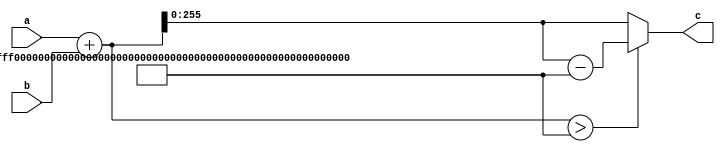
`timescale 1ns / 1ps
//////////////////////////////////////////////////////////////////////////////////
// Company: 
// 
// Design Name: 
// Module Name:    modadd quick
// Project Name: 
// Target Devices: 
// Tool versions: 
// Description: 
//
// Dependencies: 
//
// Revision: 
// Revision 0.01 - File Created
// Additional Comments: 
//     abp()
//////////////////////////////////////////////////////////////////////////////////
module mod_add_p_comb_quick (
    a,
    b,
    c
);
    input wire[255:0] a;
    input wire[255:0] b;
    output wire[255:0] c;
    parameter p257 = 257'h0FFFFFFFEFFFFFFFFFFFFFFFFFFFFFFFFFFFFFFFF00000000FFFFFFFFFFFFFFFF;
    wire[256:0] add,add2;
    assign add = a + b;
    assign add2 = ( add > p257 ) ? ( add - p257 ) : add;
    assign c = add2[255:0];
endmodule